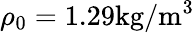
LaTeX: \rho_{0}=1.29\mathrm{{kg/m^{3}}}